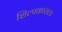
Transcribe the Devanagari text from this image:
शिल्पकाराला